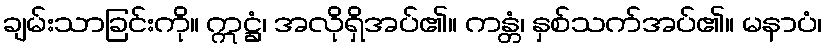
ချမ်းသာခြင်းကို။ ဣဋ္ဌံ၊ အလိုရှိအပ်၏။ ကန္တံ၊ နှစ်သက်အပ်၏။ မနာပံ၊